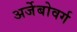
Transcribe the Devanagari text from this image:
अर्जेबोवर्ग